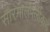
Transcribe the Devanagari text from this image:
सौरमालेपलीकडे